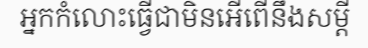
អ្នកកំលោះធ្វើជាមិនអើពើនឹងសម្តី